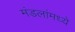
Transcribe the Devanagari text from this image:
मंडलांमध्ये